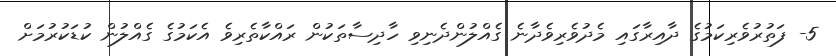
5- ފަތުރުވެރިކަމުގެ ދާއިރާގައި މެދުވެރިވެދާނެ ގެއްލުންދެނިވި ހާދިސާތަކުން ރައްކާތެރިވެ އެކަމުގެ ގެއްލުން ކުޑަކުރުމަށް